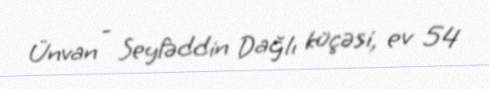
Ünvan - Seyfəddin Dağlı küçəsi, ev 54